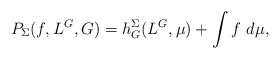
\begin{align*} P_\Sigma(f, L^G, G) = h^\Sigma_G(L^G, \mu) + \int f \ d \mu,\end{align*}